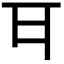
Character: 𭺪